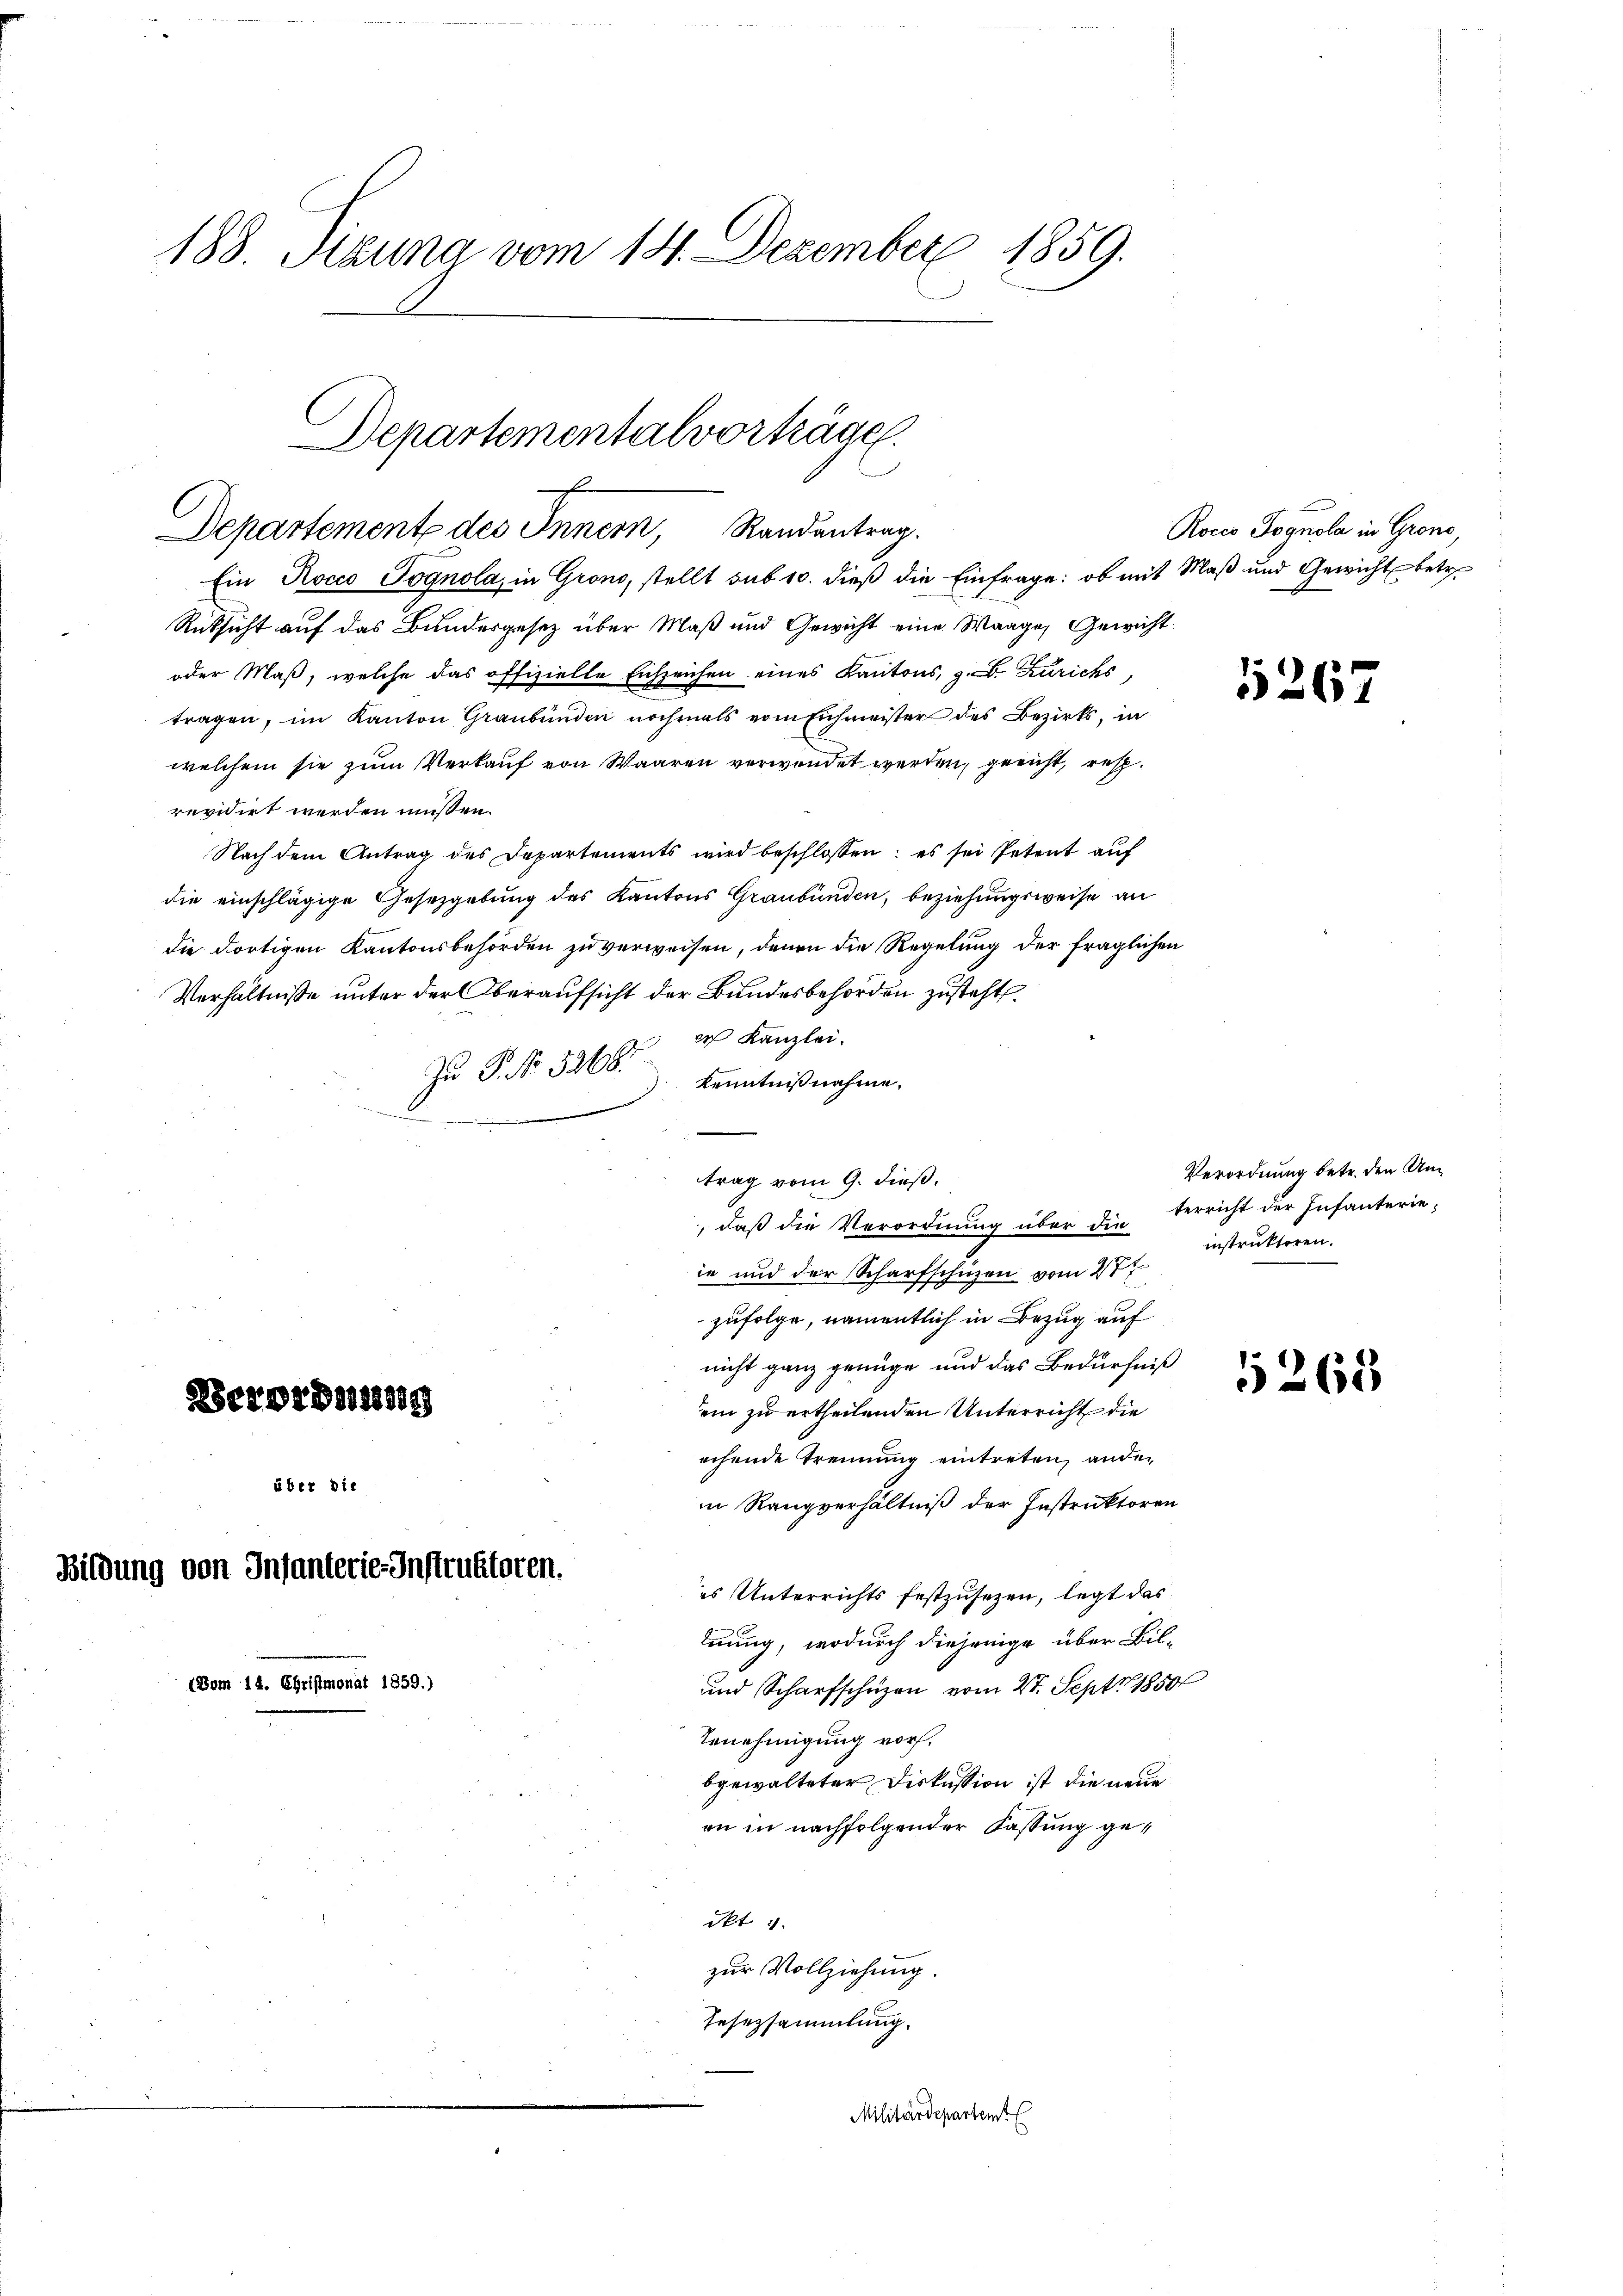
188. Sizung vom 14. Dezember 1859.

Departementalvorträge.
s
Departemente des Innern, Randentrag.

Ein Rocco Pognola, in Grono, stellt sub 10. dieß die Einfrage: ob mit Maß und Gewicht betr.
Rüksicht auf das Bundesgesetz über Maß und Gewicht eine Waage, Gewicht
oder Maß, welche das offizielle Eichzeichen eines Kantons, z. B. Zürichs,
tragen, im Kanton Graubünden nochmals vom Eichmeister des Bezirks, in
welchem sie zum Verkauf von Waaren verwendet werden, gericht, resp.
revidirt werden müssen.
Nach dem Antrag des Departements wird beschlossen: es sei Petent auf
die einschlägige Gesetzgebung des Kantons Graubünden, beziehungsweise an
die dortigen Kantonsbehörden zu verweisen, denen die Regelung der fraglichen
Verhältnisse unter der Oberaufsicht der Bundesbehörden zusteht
er Kanzlei.
Zu P. Nr. 5268.
 Kenntnißnahme.
.
trag vom 9. dieß.
ie und der Scharfschuzen vom 27ten
zufolge, namentlich in Bezug auf
nicht ganz genüge und das Bedürfniß
Verordnung
ein zu ertheilenden Unterricht die
echende Trennung eintreten, ander
über die
in Rangverhältniß der Instruktoren
Bildung von Infanterie Instruktoren.
es Unterrichts festzusezen, legt das
mnung, wodurch diejenige über Bil-
(Dom 14. Christmonat 1859.)
und Scharfschüzen vom 27. Sept. 1850
Benehmigung vor.
bgewalteter Diskussion ist die neue
an in nachfolgender Fassung ge¬
Okt 1
zur Vollziehung.
Tesezsammlung.
Militärdepartemt

, daß die Verordnung über die terricht der Infanterie-

Rocco Pognola in Grons,

Verordnung betr. den Uninstruktoren.

1267

1265